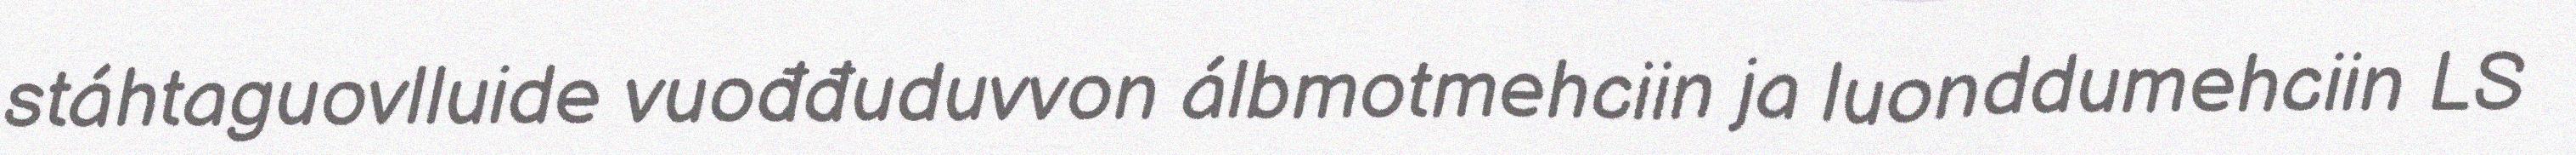
stáhtaguovlluide vuođđuduvvon álbmotmehciin ja luonddumehciin LS